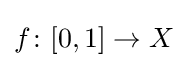
f\colon [0,1]\to X